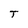
Character: T